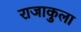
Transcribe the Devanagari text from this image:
राजाकुला